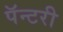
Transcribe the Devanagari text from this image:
पॅन्टरी